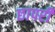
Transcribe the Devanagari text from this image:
छापरी